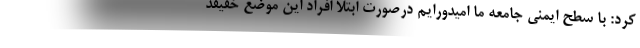
کرد: با سطح ایمنی جامعه ما امیدورایم درصورت ابتلا افراد این موضع خفیفد